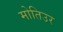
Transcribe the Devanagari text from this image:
मोतिउर